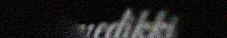
Sámedikki